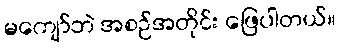
မကျော်ဘဲ အစဉ်အတိုင်း ဖြေပါတယ်။